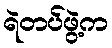
ရဲတပ်ဖွဲ့က